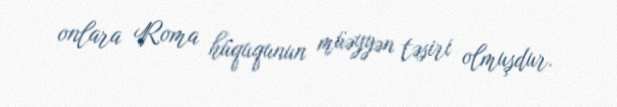
onlara Roma hüququnun müəyyən təsiri olmuşdur.